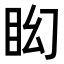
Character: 𥄠